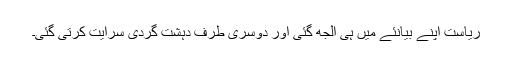
ریاست اپنے بیانئے میں ہی الجھ گئی اور دوسری طرف دہشت گردی سرایت کرتی گئی۔